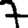
Digit: 7